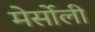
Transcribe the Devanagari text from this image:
मेर्सोली